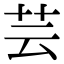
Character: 芸